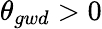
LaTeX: \theta_{gwd}>0